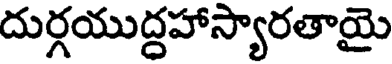
దుర్గయుద్దహాస్యారతాయై